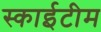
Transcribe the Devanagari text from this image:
स्‍काईटीम